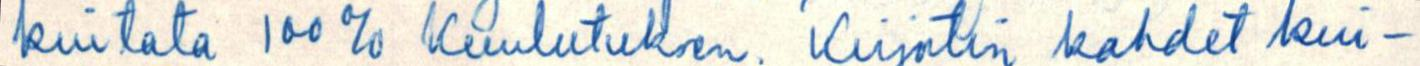
kuitata 100 % kuulutuksen. Kirjoitin kahdet kui-